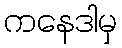
ကနေဒါမှ